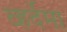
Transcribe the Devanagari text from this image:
व्हर्देमा